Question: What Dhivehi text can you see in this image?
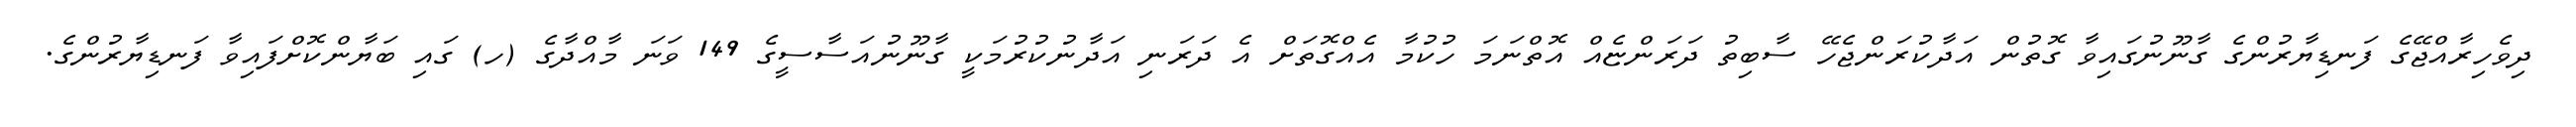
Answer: ދިވެހިރާއްޖޭގެ ފަނޑިޔާރުންގެ ގާނޫނުގައިވާ ގޮތުން އަދާކުރަންޖެހޭ ސާބިތު ދަރަންޏެއް އޮތްނަމަ ހުކުމާ އެއްގޮތަށް އެ ދަރަނި އަދާނުކުރުމަކީ ގާނޫނުއަސާސީގެ 149 ވަނަ މާއްދާގެ (ހ) ގައި ބަޔާންކޮށްފައިވާ ފަނޑިޔާރުންގެ.